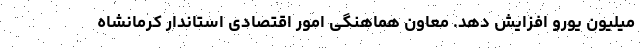
میلیون یورو افزایش دهد. معاون هماهنگی امور اقتصادی استاندار کرمانشاه